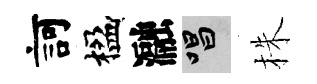
訶楹瀜唱株